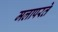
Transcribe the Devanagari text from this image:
मलापरते